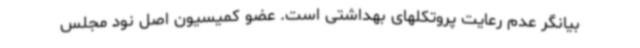
بیانگر عدم رعایت پروتکلهای بهداشتی است. عضو کمیسیون اصل نود مجلس